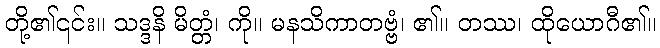
တို့၏၎င်း။ သဒ္ဒနိ မိတ္တံ၊ ကို။ မနသိကာတဗ္ဗံ၊ ၏။ တဿ၊ ထိုယောဂီ၏။